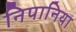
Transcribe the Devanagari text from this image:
निपानिया